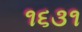
૧૬૩૧